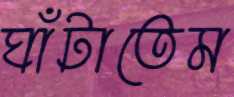
ঘাঁটাতেম